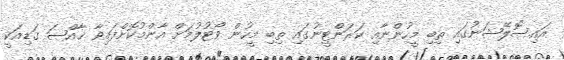
އައިސޮލޭޝަނުގައި ތިބި މީހުންނާއި ކަރަންޓީނުގައި ތިބި މީހުން ވޯޓުލުމަށް އާންމުކޮށްފައިވާ ޚާއްޞަ ގަޑިއަކީ